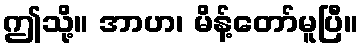
ဤသို့။ အာဟ၊ မိန့်တော်မူပြီ။